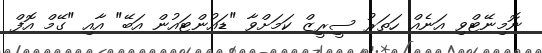
ނޮމިނޭޓްވި އަނެއް ހަތަރު ސީރީޒް ކަމަށްވާ "ޑައުންޓައުން އަބޭ" އާއި "ގޭމް އޮފް